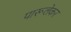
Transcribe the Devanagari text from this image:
पारूलेकर